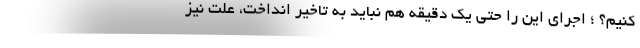
کنیم؟ ؛ اجرای این را حتی یک دقیقه هم نباید به تاخیر انداخت، علت نیز